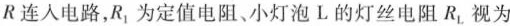
R连入电路，R_{1}为定值电阻、小灯泡L的灯丝电阻R_{L}，视为